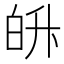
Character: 𭽓